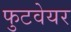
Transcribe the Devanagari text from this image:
फुटवेयर